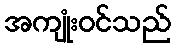
အကျုံးဝင်သည်